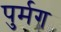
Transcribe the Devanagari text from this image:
पुर्मग